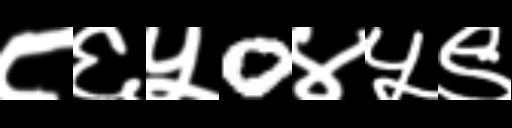
Text: ८६५0४५९